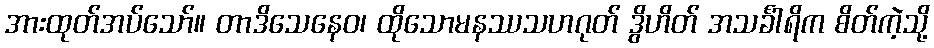
အားထုတ်အပ်သော်။ တာဒိသေနေဝ၊ ထိုသောမနဿသဟဂုတ် ဒွိဟိတ် အသင်္ခါရိက စိတ်ကဲ့သို့